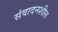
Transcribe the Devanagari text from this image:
संवादनशील